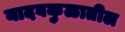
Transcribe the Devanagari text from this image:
यादवकुळातील